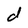
Character: d